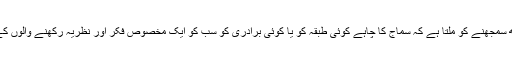
مہاراشٹرا کے واقعات سے یہی کچھ سمجھنے کو ملتا ہے کہ سماج کا چاہے کوئی طبقہ کو یا کوئی برادری کو سب کو ایک مخصوص فکر اور نظریہ رکھنے والوں کے رحم و کرم پر ہی زندہ رہنا ہوگا ۔